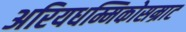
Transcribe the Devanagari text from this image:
अरियधम्मिकोसम्राट